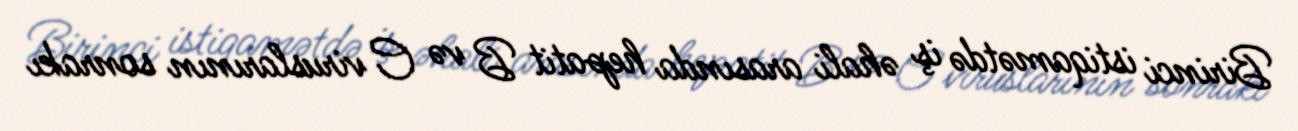
Birinci istiqamətdə iş əhali arasında hepatit B və C viruslarının sonrakı